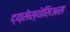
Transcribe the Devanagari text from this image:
द्य्सेस्थेसिअस